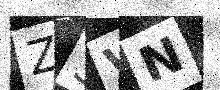
Text: Z3VN